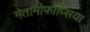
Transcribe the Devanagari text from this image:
मेतामोर्फोप्सिया